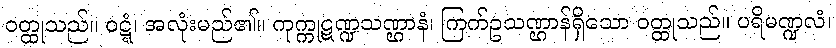
ဝတ္ထုသည်။ ဝဋ္ဋံ၊ အလုံးမည်၏။ ကုက္ကုဋဏ္ဍသဏ္ဌာနံ၊ ကြက်ဥသဏ္ဌာန်ရှိသော ဝတ္ထုသည်။ ပရိမဏ္ဍလံ၊